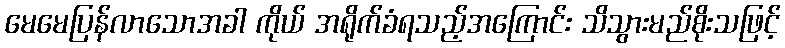
မေမေပြန်လာသောအခါ ကိုယ် အရိုက်ခံရသည့်အကြောင်း သိသွားမည်စိုးသဖြင့်